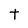
Character: t